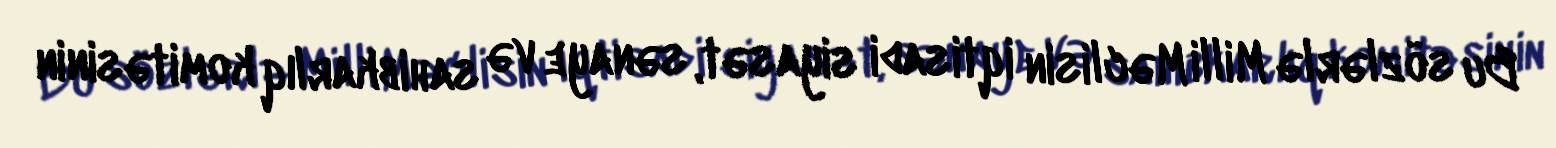
Bu sözlərlə Milli Məclisin iqtisadi siyasət, sənaye və sahibkarlıq komitəsinin